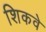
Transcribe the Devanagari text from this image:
शिकवे